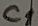
Text: C1